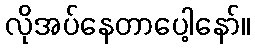
လိုအပ်နေတာပေါ့နော်။